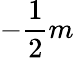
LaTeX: -\frac{1}{2}m